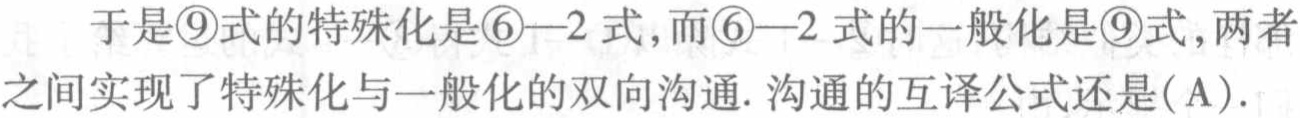
于是\textcircled{9}式的特殊化是\textcircled{6}—2 式,而\textcircled{6}—2 式的一般化是\textcircled{9}式,两者之间实现了特殊化与一般化的双向沟通. 沟通的互译公式还是(A).